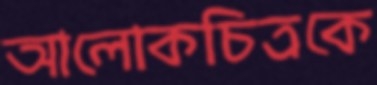
আলোকচিত্রকে